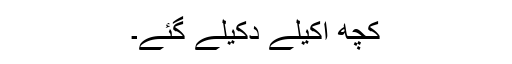
کچھ اکیلے دکیلے گئے۔